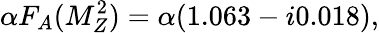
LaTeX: \alpha F_{A}(M_{Z}^{2})=\alpha(1.063-i0.018),